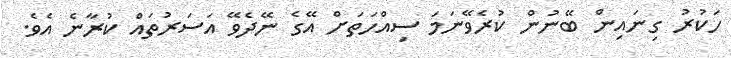
ހަކުރު ގިނައިން ބޭނުން ކުރެވޭނަމަ ސިއްހަތަށް އޭގެ ނޭދެވޭ އަސަރުތައް ކުރާނެ އެވެ.